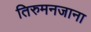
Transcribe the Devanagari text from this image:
तिरुमनजाना